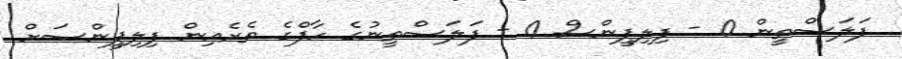
ފަލަސްތީން 0 - ފިލިޕީންސް 0 - ފަލަސްތީނުގެ ހާފްގެ ތެރެއިން ފިލިޕީންސަށް